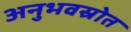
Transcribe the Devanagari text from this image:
अनुभवस्रोत